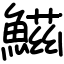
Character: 鰦